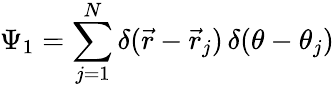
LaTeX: \Psi_{1}=\sum_{j=1}^{N}\delta(\vec{r}-\vec{r}_{j})\, \delta(\theta-\theta_{j})